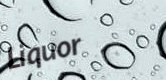
Liquor